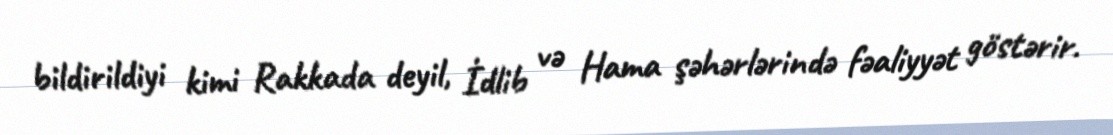
bildirildiyi kimi Rakkada deyil, İdlib və Hama şəhərlərində fəaliyyət göstərir.